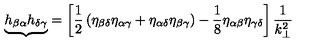
{ \underbrace { h _ { \beta \alpha } h _ { \delta \gamma } } } = \left[ \frac { 1 } { 2 } \left( \eta _ { \beta \delta } \eta _ { \alpha \gamma } + \eta _ { \alpha \delta } \eta _ { \beta \gamma } \right) - \frac { 1 } { 8 } \eta _ { \alpha \beta } \eta _ { \gamma \delta } \right] \frac { 1 } { k _ { \bot } ^ { 2 } }